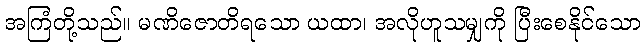
အကြံတို့သည်။ မဏိဇောတိရသော ယထာ၊ အလိုဟူသမျှကို ပြီးစေနိုင်သော